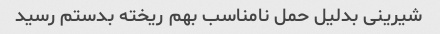
شیرینی بدلیل حمل نامناسب بهم ریخته بدستم رسید